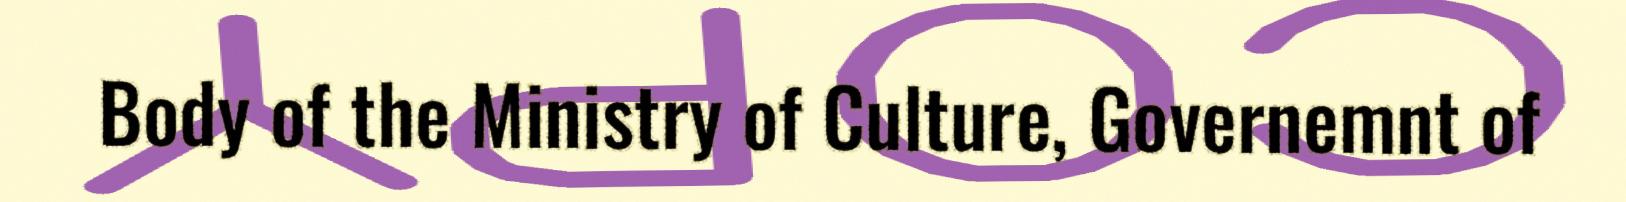
Body of the Ministry of Culture, Governemnt of